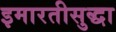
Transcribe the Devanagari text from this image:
इमारतीसुद्धा